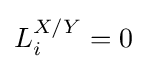
L_{i}^{X/Y}=0